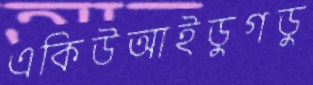
একিউআইডুগডু